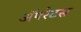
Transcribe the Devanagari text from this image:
अॅपरेटस